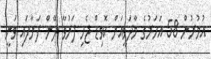
އުމުރުން 58 އަހަރުގެ މާދަވީއަށް ކޮވިޑް ޖެހި ފަރުވާ ދޭން ފަށާފައި ވަނީ